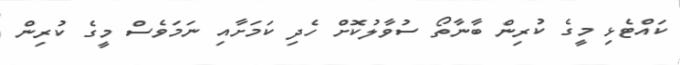
ކައްޓެޅި މީގެ ކުރިން ބާނާތޯ ސުވާލުކޮށް ހެދި ކަމަށާއި ނަމަވެސް މީގެ ކުރިން